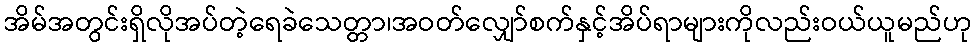
အိမ်အတွင်းရှိလိုအပ်တဲ့ရေခဲသေတ္တာ၊အဝတ်လျှော်စက်နှင့်အိပ်ရာများကိုလည်းဝယ်ယူမည်ဟု